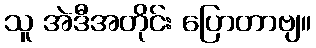
သူ အဲဒီအတိုင်း ပြောတာဗျ။